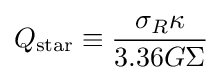
Q_{\mathrm {star} }\equiv {\frac {\sigma _{R}\kappa }{3.36G\Sigma }}